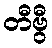
တီဗွီ